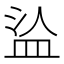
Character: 𰤹